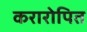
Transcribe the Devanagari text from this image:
करारोपित